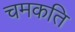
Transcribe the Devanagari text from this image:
चमकति